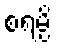
စရမ္ပိ